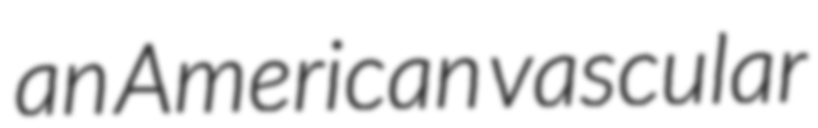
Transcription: an American vascular